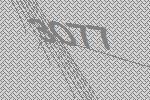
3077